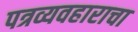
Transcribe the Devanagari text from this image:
पत्रव्यवहाराचा